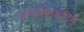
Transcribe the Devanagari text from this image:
कन्सेक्यटिव